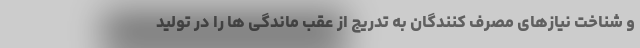
و شناخت نیازهای مصرف کنندگان به تدریج از عقب ماندگی ها را در تولید